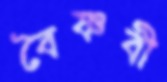
বৈষ্ণবী